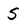
Character: S